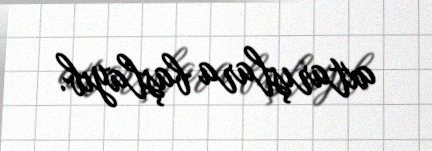
axtarışlara başlayıb.